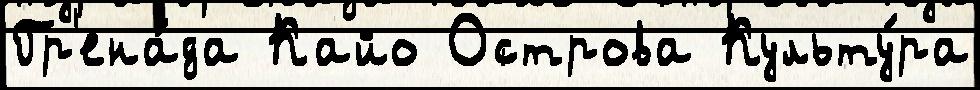
Гр'ена́да Кайо Острова Культу́ра